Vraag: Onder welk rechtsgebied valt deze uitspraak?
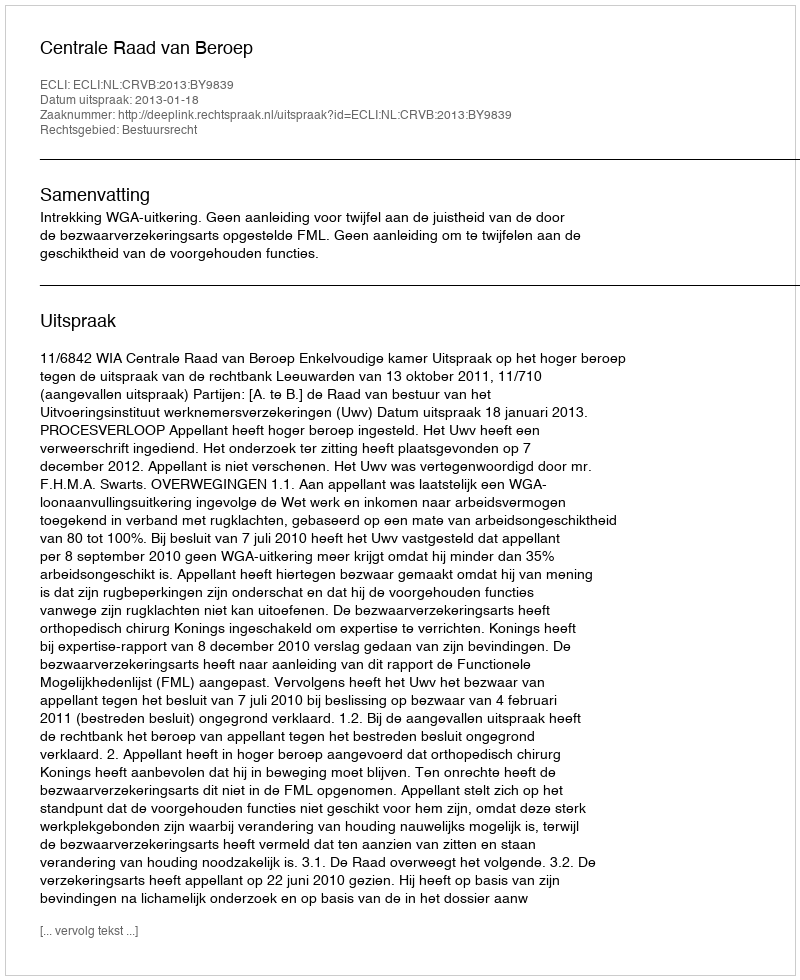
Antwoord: Bestuursrecht